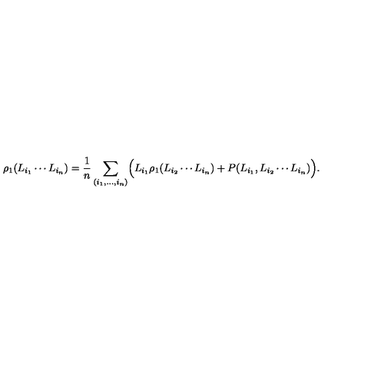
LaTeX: \rho _ { 1 } ( L _ { i _ { 1 } } \cdots L _ { i _ { n } } ) = { \frac { 1 } { n } } \sum _ { ( i _ { 1 } , \ldots , i _ { n } ) } \Bigl ( L _ { i _ { 1 } } \rho _ { 1 } ( L _ { i _ { 2 } } \cdots L _ { i _ { n } } ) + P ( L _ { i _ { 1 } } , L _ { i _ { 2 } } \cdots L _ { i _ { n } } ) \Bigr ) .